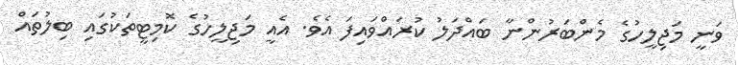
ވަނީ މަޖިލީހުގެ މެންބަރުންނާ ބައްދަލު ކުރައްވައިފަ އެވެ. އެއީ މަޖިލީހުގެ ކޮމިޓީތަކުގައި ބިލުތައް